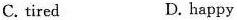
C. tired D. happy